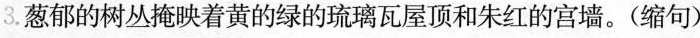
3. 葱郁的树丛掩映着黄的绿的琉璃瓦屋顶和朱红的宫墙。(缩句)